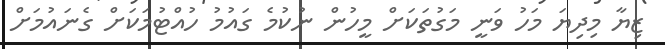
ޒިޔާ މިދިޔަ މަހު ވަނީ މަގުތަކަށް މީހުން ނުކުމެ ގައުމު ހުއްޓުމަކަށް ގެނައުމަށް